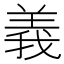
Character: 義